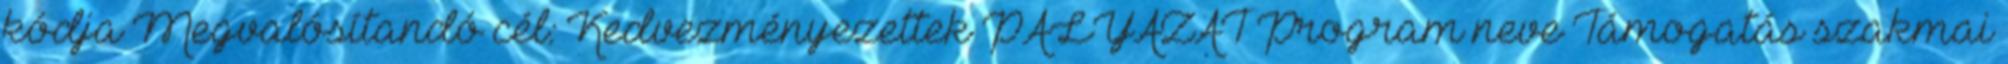
kódja Megvalósítandó cél: Kedvezményezettek PÁLYÁZAT Program neve Támogatás szakmai